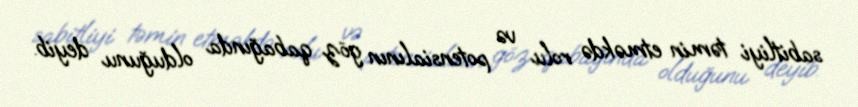
sabitliyi təmin etməkdə rolu və potensialının göz qabağında olduğunu deyib.